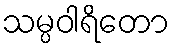
သမ္ပဝါရိတော